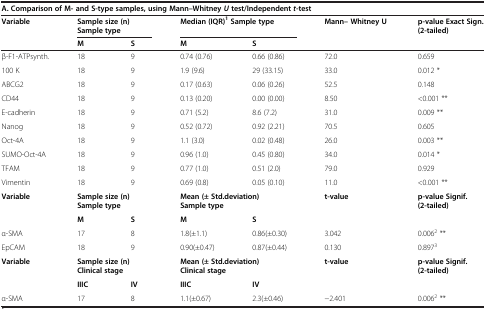
<table><thead><tr><td colspan="7"><b>A. Comparison of M- and S-type samples, using Mann–Whitney<i>U</i>test/Independent<i>t</i>-test</b></td></tr><tr><td><b>Variable</b></td><td colspan="2"><b>Sample size (n) Sample type</b></td><td colspan="2"><b>Median (IQR)<sup>1</sup>Sample type</b></td><td><b>Mann– Whitney U</b></td><td><b>p-value Exact Sign. (2-tailed)</b></td></tr><tr><td><b> </b></td><td><b>M</b></td><td><b>S</b></td><td><b>M</b></td><td><b>S</b></td><td><b> </b></td><td><b> </b></td></tr></thead><tbody><tr><td>β-F1-ATPsynth.</td><td>18</td><td>9</td><td>0.74 (0.76)</td><td>0.66 (0.86)</td><td>72.0</td><td>0.659</td></tr><tr><td>100 K</td><td>18</td><td>9</td><td>1.9 (9.6)</td><td>29 (33.15)</td><td>33.0</td><td>0.012 *</td></tr><tr><td>ABCG2</td><td>18</td><td>9</td><td>0.17 (0.63)</td><td>0.06 (0.26)</td><td>52.5</td><td>0.148</td></tr><tr><td>CD44</td><td>18</td><td>9</td><td>0.13 (0.20)</td><td>0.00 (0.00)</td><td>8.50</td><td>&lt;0.001 **</td></tr><tr><td>E-cadherin</td><td>18</td><td>9</td><td>0.71 (5.2)</td><td>8.6 (7.2)</td><td>31.0</td><td>0.009 **</td></tr><tr><td>Nanog</td><td>18</td><td>9</td><td>0.52 (0.72)</td><td>0.92 (2.21)</td><td>70.5</td><td>0.605</td></tr><tr><td>Oct-4A</td><td>18</td><td>9</td><td>1.1 (3.0)</td><td>0.02 (0.48)</td><td>26.0</td><td>0.003 **</td></tr><tr><td>SUMO-Oct-4A</td><td>18</td><td>9</td><td>0.96 (1.0)</td><td>0.45 (0.80)</td><td>34.0</td><td>0.014 *</td></tr><tr><td>TFAM</td><td>18</td><td>9</td><td>0.77 (1.0)</td><td>0.51 (2.0)</td><td>79.0</td><td>0.929</td></tr><tr><td>Vimentin</td><td>18</td><td>9</td><td>0.69 (0.8)</td><td>0.05 (0.10)</td><td>11.0</td><td>&lt;0.001 **</td></tr><tr><td rowspan="2"><b>Variable</b></td><td colspan="2"><b>Sample size (n) Sample type</b></td><td colspan="2"><b>Mean (± Std.deviation) Sample type</b></td><td rowspan="2"><b>t-value</b></td><td rowspan="2"><b>p-value Signif. (2-tailed)</b></td></tr><tr><td><b>M</b></td><td><b>S</b></td><td><b>M</b></td><td><b>S</b></td></tr><tr><td>α-SMA</td><td>17</td><td>8</td><td>1.8(±1.1)</td><td>0.86(±0.30)</td><td>3.042</td><td>0.006<sup>2</sup> **</td></tr><tr><td>EpCAM</td><td>18</td><td>9</td><td>0.90(±0.47)</td><td>0.87(±0.44)</td><td>0.130</td><td>0.897<sup>3</sup></td></tr><tr><td rowspan="2"><b>Variable</b></td><td colspan="2"><b>Sample size (n) Clinical stage</b></td><td colspan="2"><b>Mean (± Std.deviation) Clinical stage</b></td><td rowspan="2"><b>t-value</b></td><td rowspan="2"><b>p-value Signif. (2-tailed)</b></td></tr><tr><td><b>IIIC</b></td><td><b>IV</b></td><td><b>IIIC</b></td><td><b>IV</b></td></tr><tr><td>α-SMA</td><td>17</td><td>8</td><td>1.1(±0.67)</td><td>2.3(±0.46)</td><td>−2.401</td><td>0.006<sup>2</sup> **</td></tr></tbody></table>